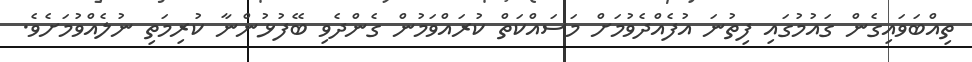
ތިއްބަވައިގެން ގައުމުގައި ފިތުނަ އުފެއްދެވުމަށް މަސައްކަތް ކުރައްވަމުން ގެންދެވި ބޭފުޅުންނާ ކުރިމަތި ނުލެއްވުމަށެވެ.